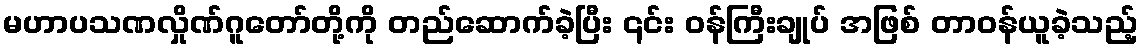
မဟာပသဏလှိုဏ်ဂူတော်တို့ကို တည်ဆောက်ခဲ့ပြီး ၎င်း ဝန်ကြီးချုပ် အဖြစ် တာဝန်ယူခဲ့သည့်